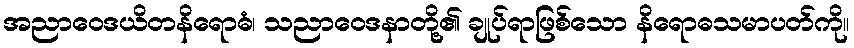
အညာဝေဒယိတနိရောဓံ၊ သညာဝေဒနာတို့၏ ချုပ်ရာဖြစ်သော နိရောဓသမာပတ်ကို။